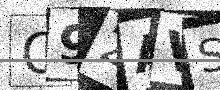
Text: O92AVS